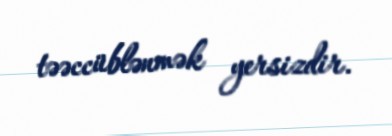
təəccüblənmək yersizdir.